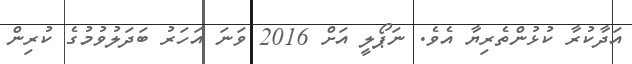
އަދާކުރާ ކުޅުންތެރިޔާ އެވެ. ނަޕޯލީ އަށް 2016 ވަނަ އަހަރު ބަދަލުވުމުގެ ކުރިން